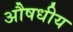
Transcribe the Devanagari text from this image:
अौषधीय